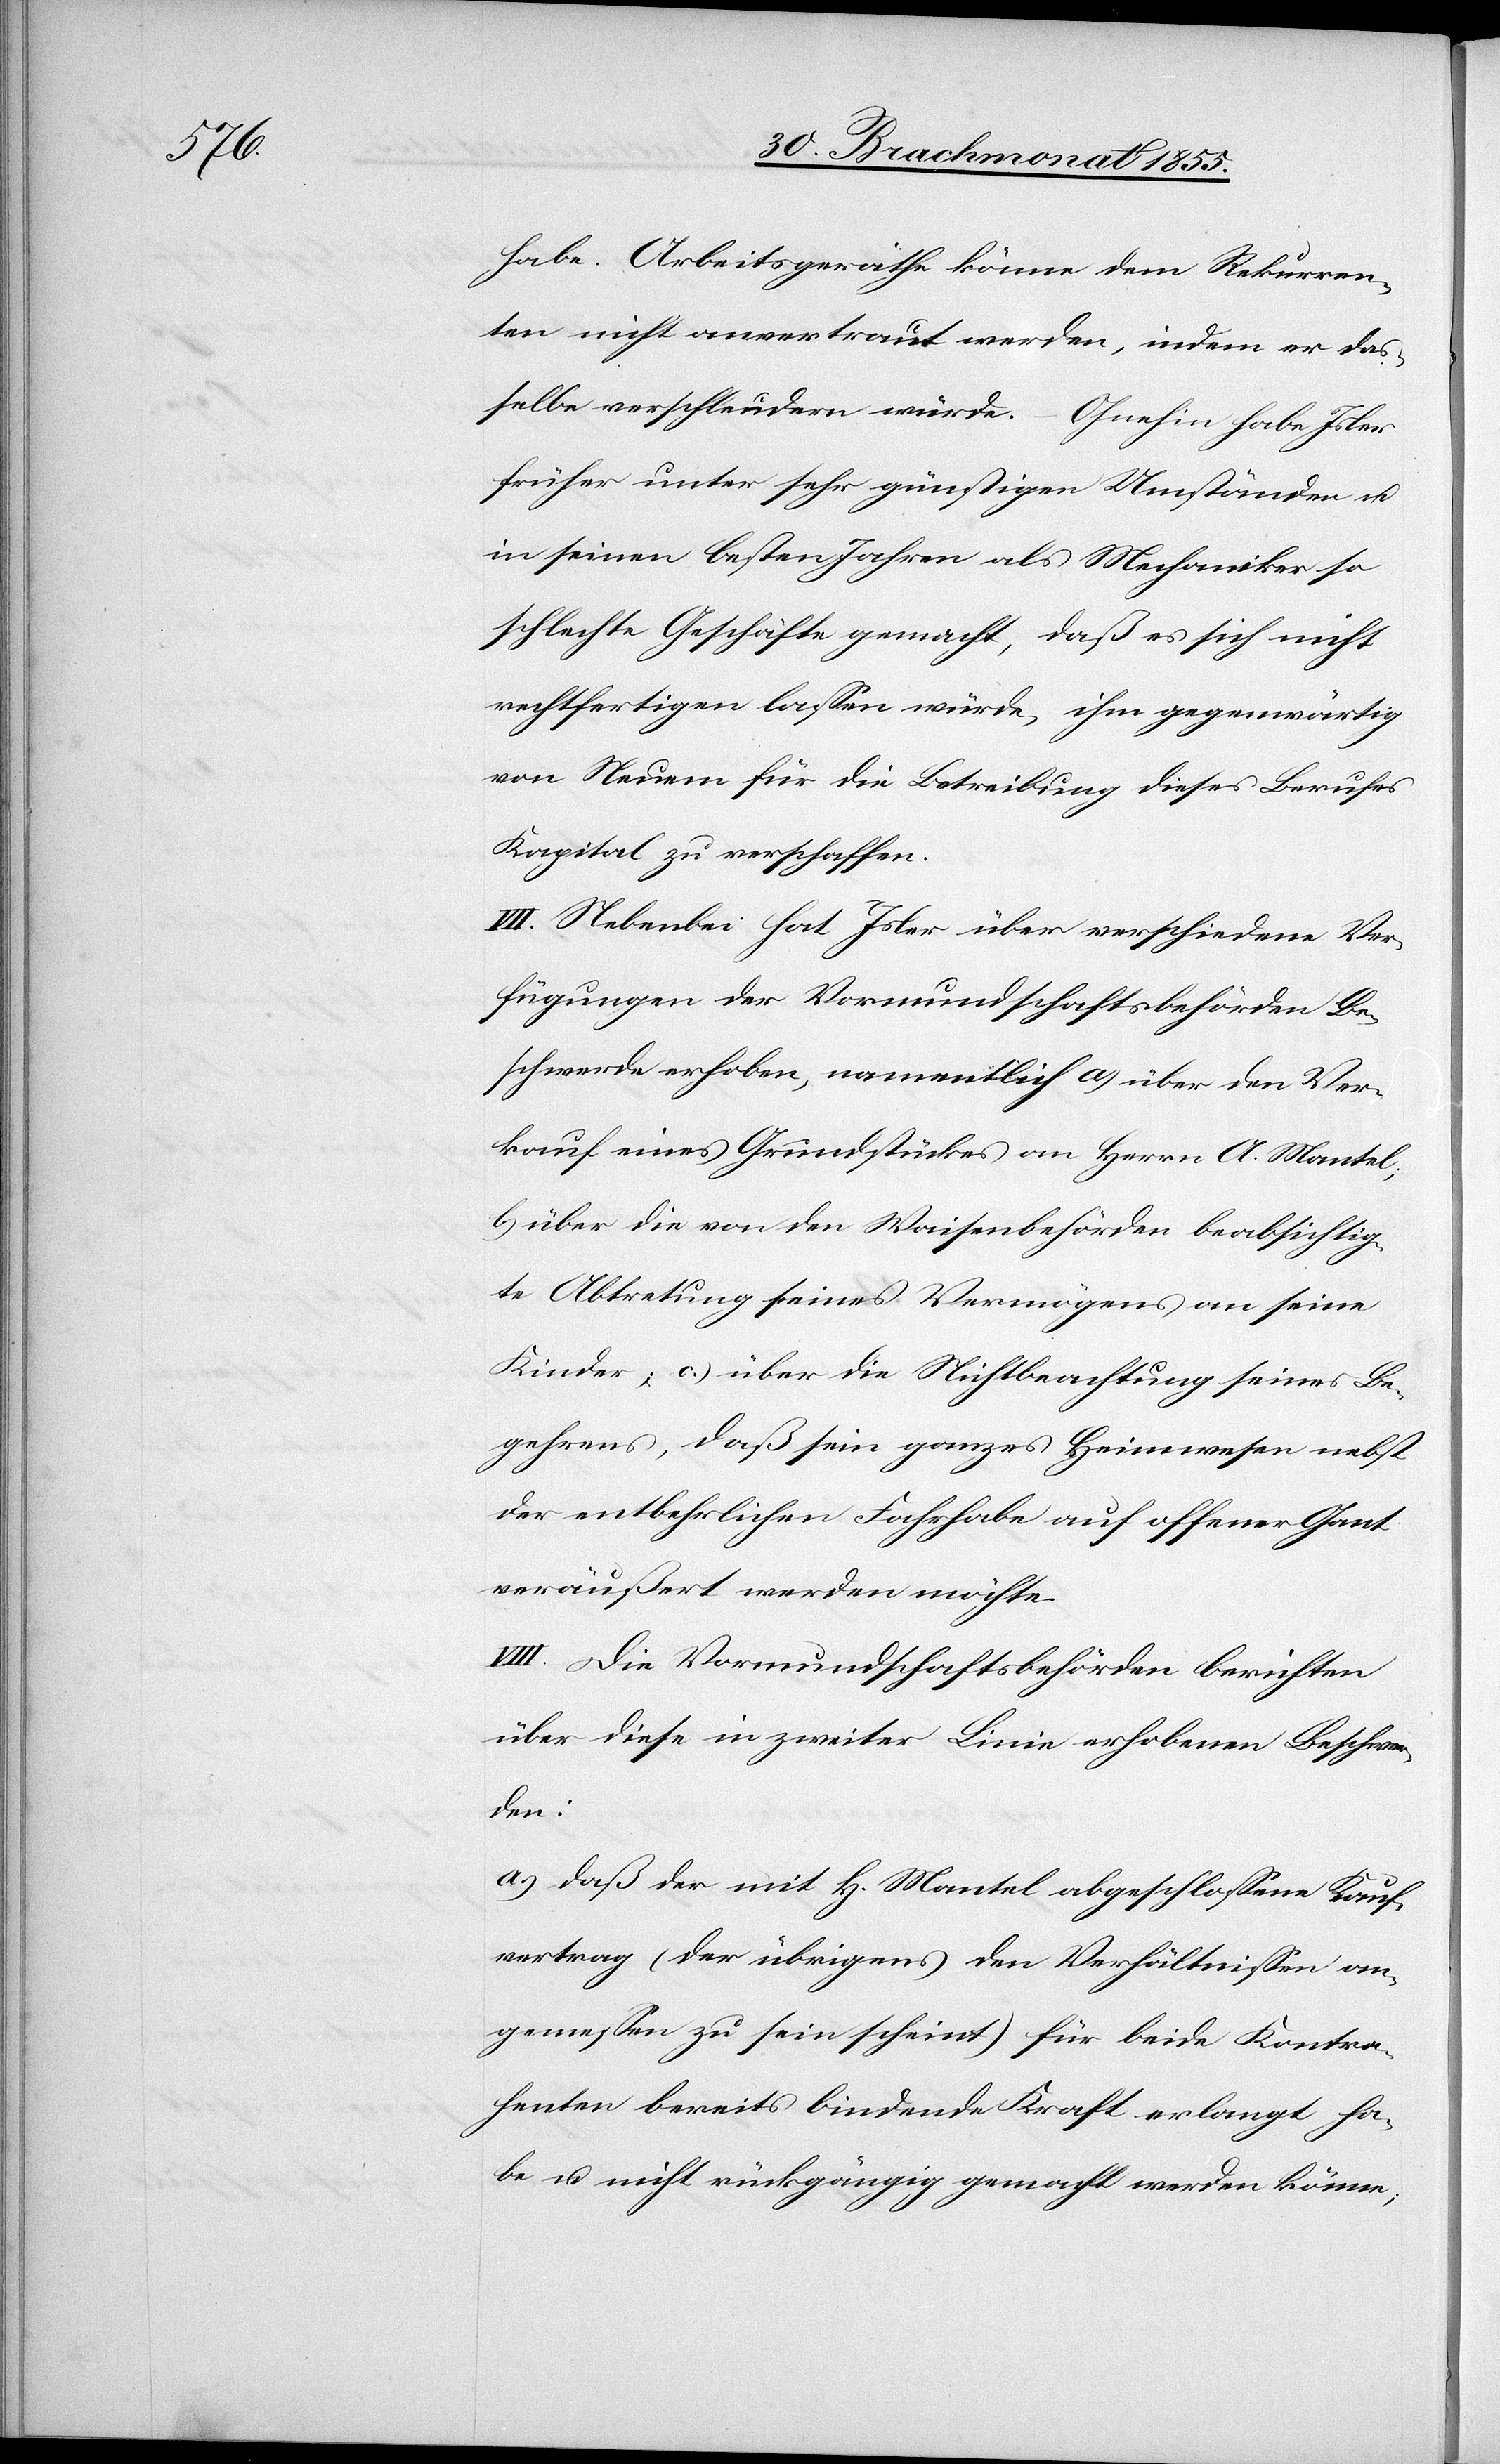
habe. Arbeitsgeräthe könne dem Rekurren¬
ten nicht anvertraut werden, indem er das¬
selbe verschleudern würde. – Ohnehin habe Isler
früher unter sehr günstigen Umständen u.
in seinen besten Jahren als Mechaniker so
schlechte Geschäfte gemacht, daß es sich nicht
rechtfertigen lassen würde, ihm gegenwärtig
von Neuem für die Betreibung dieses Berufes
Kapital zu verschaffen.
VII. Nebenbei hat Isler über verschiedene Ver¬
fügungen der Vormundschaftsbehörden Be¬
schwerde erhoben, namentlich a) über den Ver¬
kauf eines Grundstückes an Herrn A. Mantel;
b) über die von den Waisenbehörden beabsichtig¬
te Abtretung seines Vermögens an seine
Kinder; c.) über die Nichtbeachtung seines Be¬
gehrens, daß sein ganzes Heimwesen nebst
der entbehrlichen Fahrhabe auf offener Gant
veräußert werden möchte.
VIII. Die Vormundschaftsbehörden berichten
über diese in zweiter Linie erhobenen Beschwer¬
den:
a.) daß der mit H. [sic!] Mantel abgeschlossene Kauf¬
vertrag (der übrigens den Verhältnissen an¬
gemessen zu sein scheint) für beide Kontra¬
henten bereits bindende Kraft erlangt ha¬
be u. nicht rückgängig gemacht werden könne;